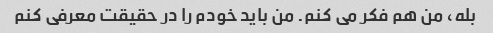
بله، من هم فکر می کنم. من باید خودم را در حقیقت معرفی کنم